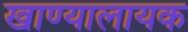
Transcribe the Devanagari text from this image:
खाण्यालायक